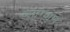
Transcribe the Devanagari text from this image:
ब्लाग्वाण